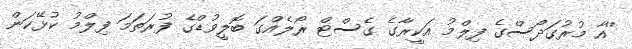
''އާ މުރުގަދޯސްގެ ފިލްމު އަކީރާގެ ގެސްޓް ރޯލެއްގަ ބޮލީވުޑްގެ ފުރަތަމަ ފިލްމު ކުޅޭކަން